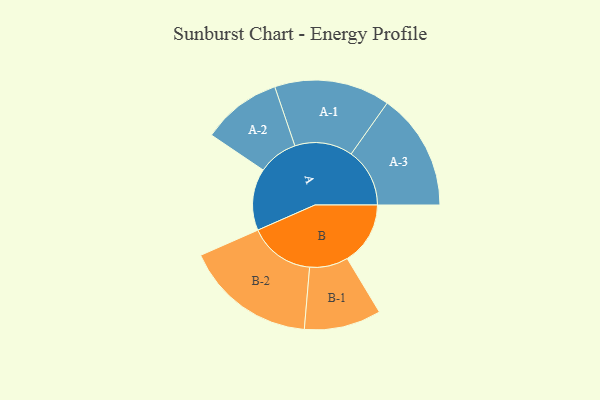
{"axis": {"x": "Segment", "y": "Value"}, "legend": ["", "A", "B"], "data": [{"x": "A", "y": 191, "type": ""}, {"x": "B", "y": 195, "type": ""}, {"x": "A-1", "y": 179, "type": "A"}, {"x": "A-2", "y": 123, "type": "A"}, {"x": "A-3", "y": 181, "type": "A"}, {"x": "B-1", "y": 119, "type": "B"}, {"x": "B-2", "y": 203, "type": "B"}]}